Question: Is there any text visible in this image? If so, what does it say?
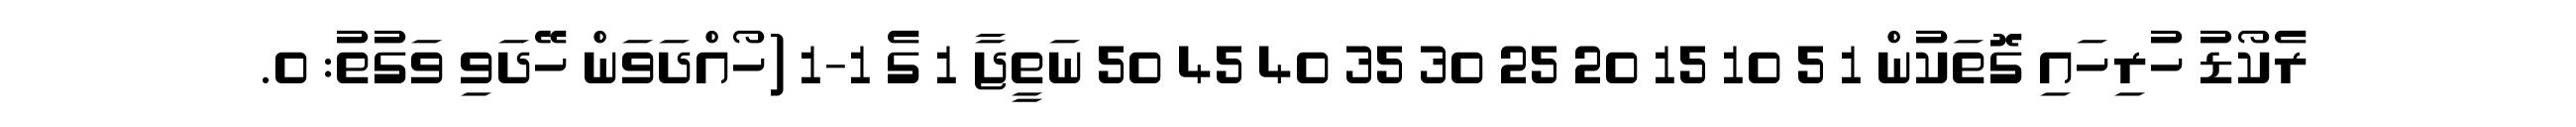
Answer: ރެކޯޑު ހުރިހައި ގޮތަކުން 1 5 10 15 20 25 30 35 40 45 50 ނަތީޖާ 1 ގެ 1-1 (ހޯއްދަވަން ހޭދަވި ވަގުތު: 0.